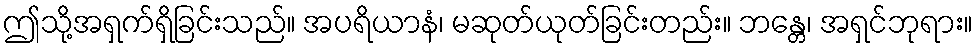
ဤသို့အရှက်ရှိခြင်းသည်။ အပရိယာနံ၊ မဆုတ်ယုတ်ခြင်းတည်း။ ဘန္တေ၊ အရှင်ဘုရား။